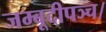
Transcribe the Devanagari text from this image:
जम्बूदीपञ्च।